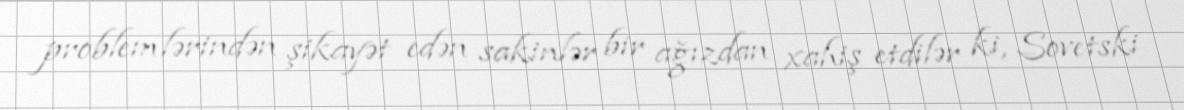
problemlərindən şikayət edən sakinlər bir ağızdan xahiş etdilər ki, Sovetski